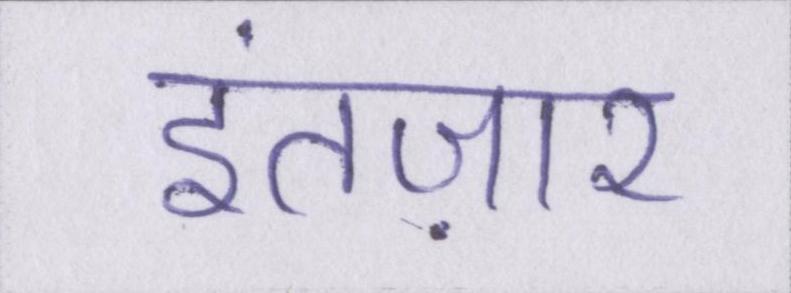
इंतज़ार